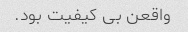
واقعن بی کیفیت بود.